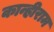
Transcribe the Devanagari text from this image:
कान्हीराम